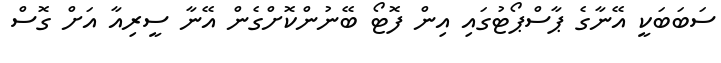
ސަބަބަކީ އޭނާގެ ޕާސްޕޯޓުގައި އިން ފޮޓޯ ބޭނުންކޮށްގެން އޭނާ ސީރިއާ އަށް ގޮސް